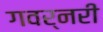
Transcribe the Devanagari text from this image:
गवर्नरी